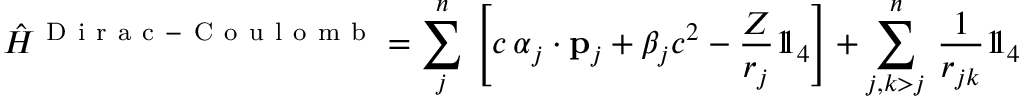
\hat { H } ^ { \mathrm { ~ D ~ i ~ r ~ a ~ c ~ - ~ C ~ o ~ u ~ l ~ o ~ m ~ b ~ } } = \sum _ { j } ^ { n } \, \left[ c \, \boldsymbol { \alpha } _ { j } \cdot { \bf { p } } _ { j } + \beta _ { j } c ^ { 2 } - \frac { Z } { r _ { j } } { 1 \! \! 1 } _ { 4 } \right] + \sum _ { j , k > j } ^ { n } \, \frac { 1 } { r _ { j k } } { 1 \! \! 1 } _ { 4 }